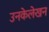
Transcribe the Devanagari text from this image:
उनकेलेखन